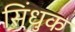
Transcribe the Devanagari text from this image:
सिंधुक